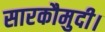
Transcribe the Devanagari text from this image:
सारकौमुदी।